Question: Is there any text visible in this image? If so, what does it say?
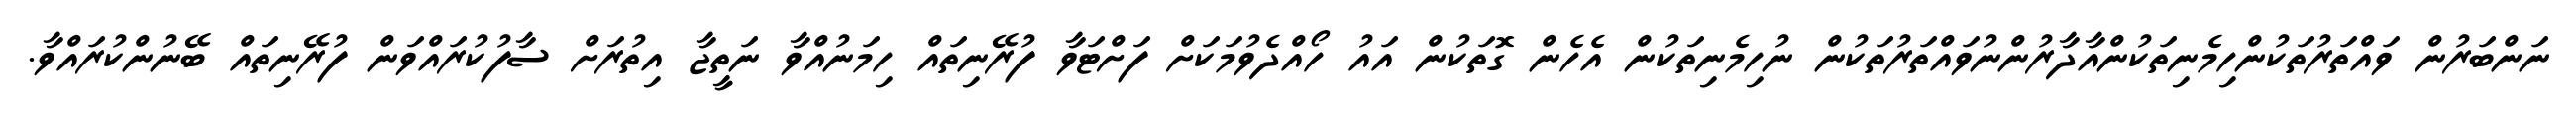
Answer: ނަންބަރުން ވައްތަރުތަކުންހިމެނިތަކުންއާދާރުންނުވައްތަރުތަކުން ނުހިމެނިތަކުން އެހެން ގޮތަކުން އައު ހޯއްދެވުމަކަށް ފަށްޓަވާ ފުރޭނިތައް ހިމަނުއްވާ ނަތީޖާ އިތުރަށް ސާފުކުރައްވަން ފުރޭނިތައް ބޭނުންކުރައްވާ.